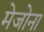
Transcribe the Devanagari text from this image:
मेजोना